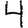
Digit: 4